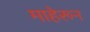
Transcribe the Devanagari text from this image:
माहेरून